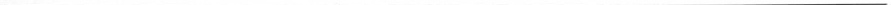
___